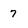
Character: 7